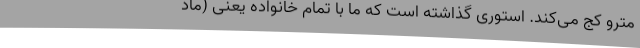
مترو کج می‌کند. استوری گذاشته است که ما با تمام خانواده یعنی (ماد